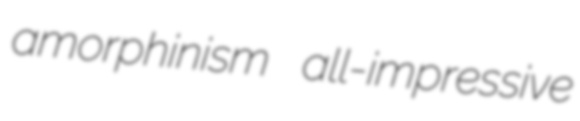
amorphinism all-impressive